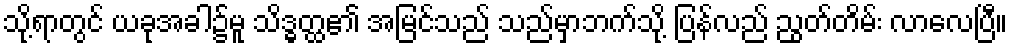
သို့ရာတွင် ယခုအခါ၌မူ သိဒ္ဓတ္ထ၏ အမြင်သည် သည်မှာဘက်သို့ ပြန်လည် ညွတ်တိမ်း လာလေပြီ။